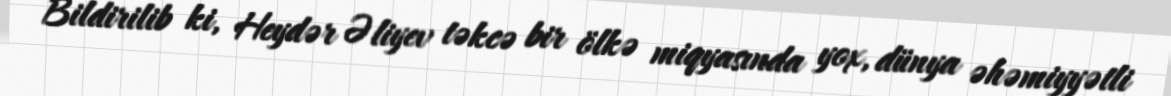
Bildirilib ki, Heydər Əliyev təkcə bir ölkə miqyasında yox, dünya əhəmiyyətli